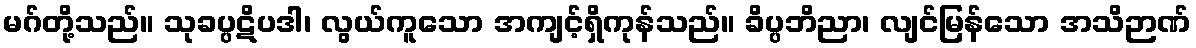
မဂ်တို့သည်။ သုခပ္ပဋိပဒါ၊ လွယ်ကူသော အကျင့်ရှိကုန်သည်။ ခိပ္ပဘိညာ၊ လျင်မြန်သော အသိဉာဏ်